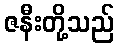
ဇနီးတို့သည်